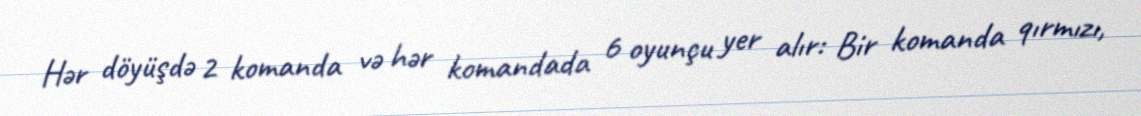
Hər döyüşdə 2 komanda və hər komandada 6 oyunçu yer alır: Bir komanda qırmızı,